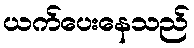
ယက်ပေးနေသည်